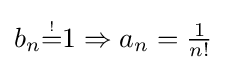
{\textstyle b_{n}{\overset {\underset {\mathrm {!} }{}}{=}}1\Rightarrow a_{n}={1 \over n!}}